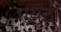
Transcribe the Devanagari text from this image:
एयूटी